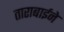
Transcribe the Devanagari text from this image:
ताराबाईने